Civil Veterinary Dept. Bombay admin report 1932-41 - 1932-1941
Year: 1932
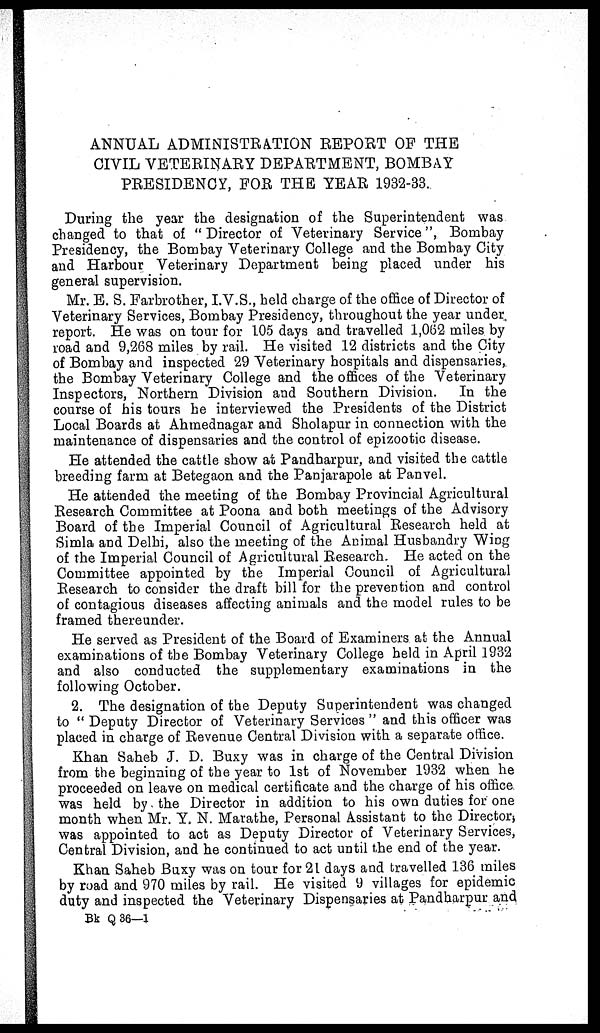
ANNUAL ADMINISTRATION REPORT OF THE
CIVIL VETERINARY DEPARTMENT, BOMBAY
PRESIDENCY, FOR THE YEAR 1932-33.
During the year the designation of the Superintendent was
changed to that of "Director of Veterinary Service", Bombay
Presidency, the Bombay Veterinary College and the Bombay City
and Harbour Veterinary Department being placed under his
general supervision.
Mr. E. S. Farbrother, I.V.S., held charge of the office of Director of
Veterinary Services, Bombay Presidency, throughout the year under,
report. He was on tour for 105 days and travelled 1,062 miles by
road and 9,268 miles by rail. He visited 12 districts and the City
of Bombay and inspected 29 Veterinary hospitals and dispensaries,
the Bombay Veterinary College and the offices of the Veterinary
Inspectors, Northern Division and Southern Division. In the
course of his tours he interviewed the Presidents of the District
Local Boards at Ahmednagar and Sholapur in connection with the
maintenance of dispensaries and the control of epizootic disease.
He attended the cattle show at Pandharpur, and visited the cattle
breeding farm at Betegaon and the Panjarapole at Panvel.
He attended the meeting of the Bombay Provincial Agricultural
Research Committee at Poona and both meetings of the Advisory
Board of the Imperial Council of Agricultural Research held at
Simla and Delhi, also the meeting of the Animal Husbandry Wing
of the Imperial Council of Agricultural Research. He acted on the
Committee appointed by the Imperial Council of Agricultural
Research to consider the draft bill for the prevention and control
of contagious diseases affecting animals and the model rules to be
framed thereunder.
He served as President of the Board of Examiners at the Annual
examinations of the Bombay Veterinary College held in April 1932
and also conducted the supplementary examinations in the
following October.
2. The designation of the Deputy Superintendent was changed
to "Deputy Director of Veterinary Services" and this officer was
placed in charge of Revenue Central Division with a separate office.
Khan Saheb J. D. Buxy was in charge of the Central Division
from the beginning of the year to 1st of November 1932 when he
proceeded on leave on medical certificate and the charge of his office
was held by the Director in addition to his own duties for one
month when Mr. Y. N. Marathe, Personal Assistant to the Director,
was appointed to act as Deputy Director of Veterinary Services,
Central Division, and he continued to act until the end of the year.
Khan Saheb Buxy was on tour for 21 days and travelled 136 miles
by road and 970 miles by rail. He visited 9 villages for epidemic
duty and inspected the Veterinary Dispensaries at Pandharpur and
Bk Q36—1